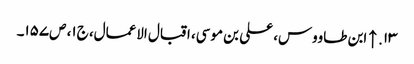
۱۳. ↑ ابن طاووس، علی بن موسی، اقبال الاعمال، ج‌۱، ص‌۱۵۷۔